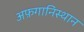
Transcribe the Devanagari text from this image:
अफ़गानिस्थान